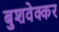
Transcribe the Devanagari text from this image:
बुशवेक्कर